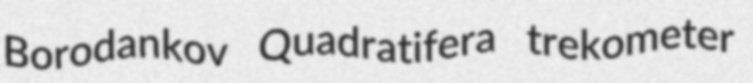
Borodankov Quadratifera trekometer